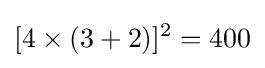
[4\times (3+2)]^{2}=400